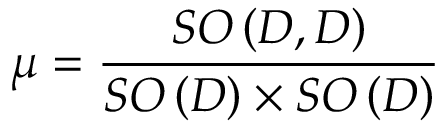
\mu = \frac { S O \left( D , D \right) } { S O \left( D \right) \times S O \left( D \right) }